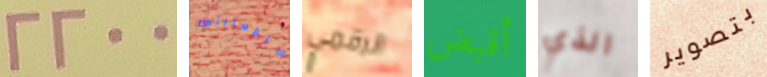
2200 ستفعلينها الرقمي أقبض الذي بتصوير